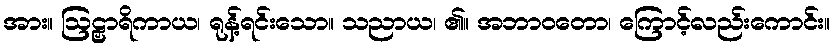
အား။ ဩဠှာရိကာယ၊ ရုန့်ရင်းသော။ သညာယ၊ ၏။ အဘာဝတော၊ ကြောင့်လည်းကောင်း။